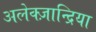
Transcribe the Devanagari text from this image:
अलेक्ज़ान्द्रिया